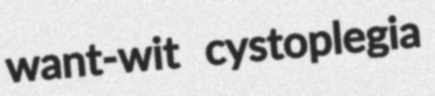
want-wit cystoplegia